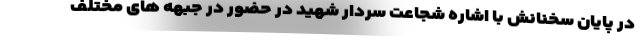
در پایان سخنانش با اشاره شجاعت سردار شهید در حضور در جبهه های مختلف